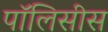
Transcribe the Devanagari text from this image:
पॉलिसीस